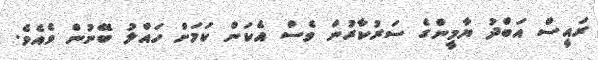
ރައީސް އަބްދު ޔާމީންގެ ސަރުކާރުން ވެސް އެކަން ކަމަށް ހައްލު ބޭނުން ވެއެވެ.